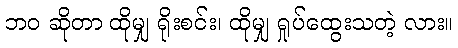
ဘဝ ဆိုတာ ထိုမျှ ရိုးစင်း၊ ထိုမျှ ရှုပ်ထွေးသတဲ့ လား။